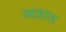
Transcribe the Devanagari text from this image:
आडात